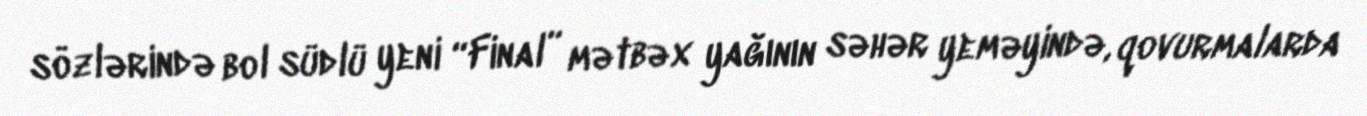
sözlərində bol südlü yeni “Final” mətbəx yağının səhər yeməyində, qovurmalarda